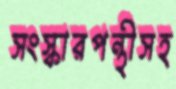
সংস্কারপন্থীসহ